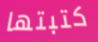
كتبتها